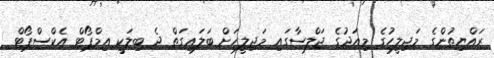
ރައްޔިތުންގެ މަޖިލީހުގެ މިއަދުގެ ޖަލްސާގައި މަޖިލީހަށް ބަލައިގަތް ދެ ބިލަކީ އިމްޕޯޓް އެކްސްޕޯޓް